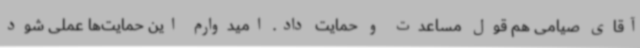
آقای صیامی هم قول مساعدت و حمایت داد. امیدوارم این حمایت‌ها عملی شود